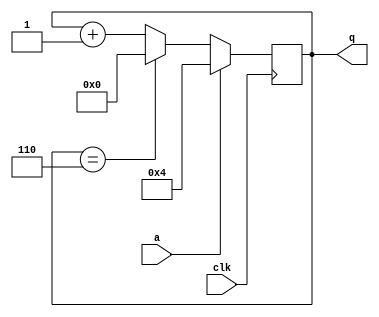
module top_module (
    input clk,
    input a,
    output [3:0] q );
always @(posedge clk ) begin
    if (a) begin
        q<=4'd4;
    end
    else begin
        if (q==4'd6) begin
            q<=4'd0;
        end
        else begin q<=q+1'b1;
        end
    end
end
endmodule